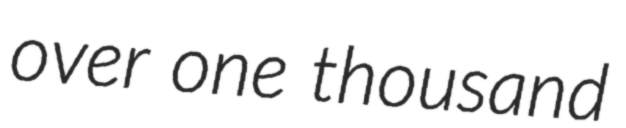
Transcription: over one thousand